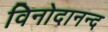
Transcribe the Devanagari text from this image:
विनोदानन्द